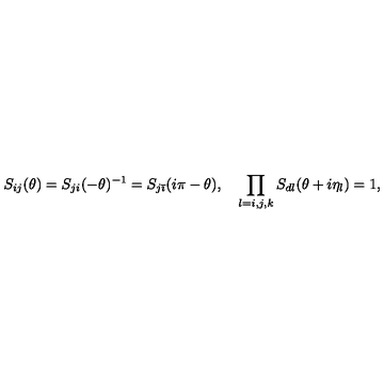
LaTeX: S _ { i j } ( \theta ) = S _ { j i } ( - \theta ) ^ { - 1 } = S _ { j \bar { \imath } } ( i \pi - \theta ) , \quad \prod _ { l = i , j , k } S _ { d l } ( \theta + i \eta _ { l } ) = 1 ,